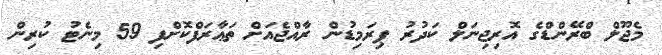
މެޖޫލް ބްރޭންޑްގެ އޮރިޖިނަލް ކަދުރު ޕިރަމިޑުން ރާއްޖެއަށް ތަޢާރަފްކޮށްފި 59 މިނެޓު ކުރިން